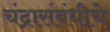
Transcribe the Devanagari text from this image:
चंद्रासंबंधीचे